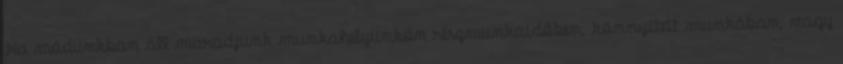
Ha módunkban áll maradjunk munkahelyünkön részmunkaidőben, könnyített munkában, vagy